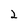
Character: 2